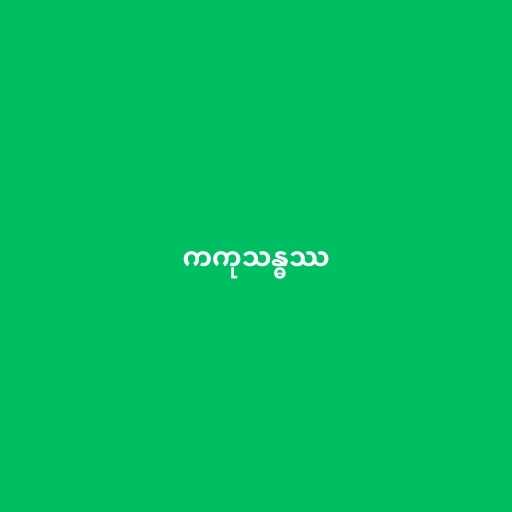
ကကုသန္ဓဿ